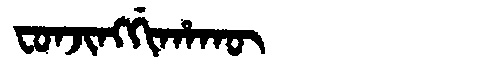
Manchu: ᠸᠣᠨᠵᡳᠩᡤᡳᡥᠠᡴᡡ
Romanization: FONJINGGIHAKŪ